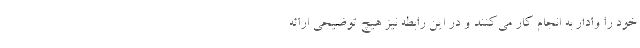
خود را وادار به انجام کار می‌کنند و در این رابطه نیز هیچ توضیحی ارائه